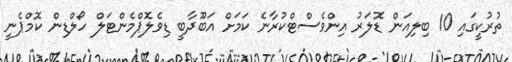
ތުރުކީގައި 10 ބިލިއަން ޑޮލަރު އިންވެސްޓްކުރާނެ ކަމަށް އަބޫދާބީ ޑިވެލޮޕްމެންޓަލް ހޯލްޑިން ކޮމްޕެނީ